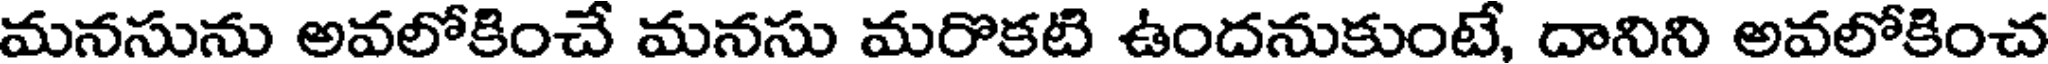
మనసును అవలోకించే మనసు మరొకటి ఉందనుకుంటే, దానిని అవలోకించ